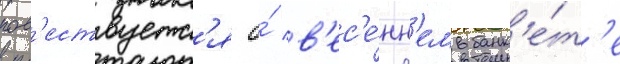
пов'ествуетс'я о́ в'ес'е́нн'ем банк'е́т'е